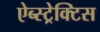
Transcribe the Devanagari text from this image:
ऐब्स्ट्रेक्टिस